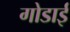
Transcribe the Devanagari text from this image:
गोडाई